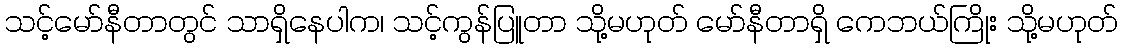
သင့်မော်နီတာတွင် သာရှိနေပါက၊ သင့်ကွန်ပြူတာ သို့မဟုတ် မော်နီတာရှိ ကေဘယ်ကြိုး သို့မဟုတ်